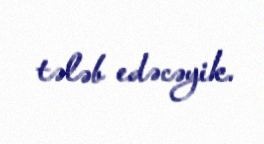
tələb edəcəyik.